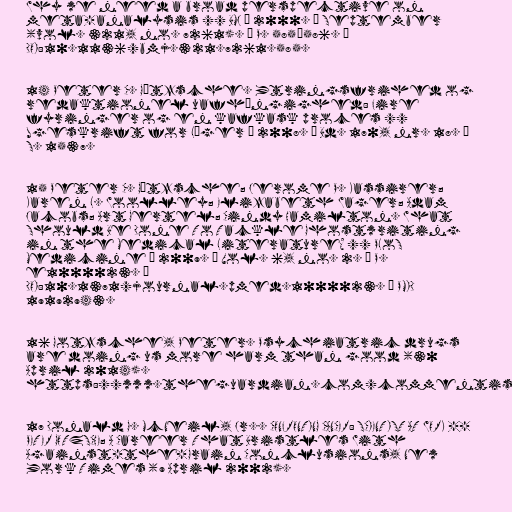
Why we need a broad perspective on
meta-analysis // BMJ — 2000. — September
(vol. 321, no. 7261). — P. 585–586. —
DOI:10.1136/bmj.321.7261.585.

14 Peter C. Gøtzsche. Ytringsfrihed og
redaktionel uafhængighed: Fire
fyringer og en kafkask proces //
Ugeskrift for Læger — 2008. — Bd. 170, nr. 18. —
S. 1537.

15 Peter C. Gøtzsche; Jerome P. Kassirer;
Karen L. Woolley; Elizabeth Wager; Adam
Jacobs; Art Gertel; Cindy Hamilton. What
Should Be Done To Tackle Ghostwriting
in the Medical Literature? // PLoS
Medicine — 2009. — Vol. 6, no. 2. — P.
e1000023. —
DOI:10.1371/journal.pmed.1000023. — PMID
19192943.

16 Gotzsche, Peter. Psychiatric drugs
are doing us more harm than good (30
April 2014).
https://www.theguardian.com/commentisfree/2014/apr/30/psychiatric-drugs-harm-than-good-ssri-antidepressants-benzodiazepines

17 Donald G. McNeil, Jr.. CONFRONTING CANCER: SCIENTIST AT WORK --
PETER GOTZSCHE; A Career That Bristles With
Against-the-Grain Conclusions, New
York Times (9 April 2002).